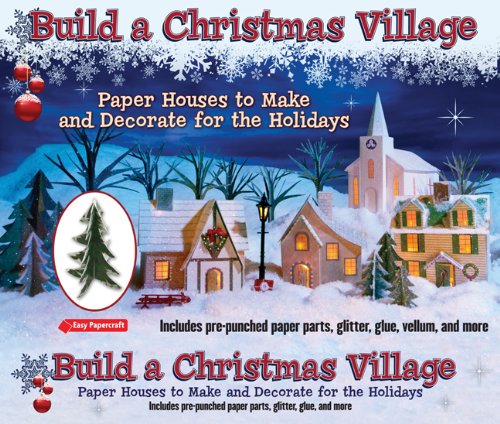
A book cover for Build a Christmas Village: Paper Houses to Make and Decorate for the Holidays (Easy Papercraft); Leonard Hospidor; Crafts, Hobbies & Home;